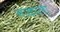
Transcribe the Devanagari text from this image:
नाकाला